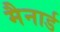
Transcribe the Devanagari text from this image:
मैनार्ड